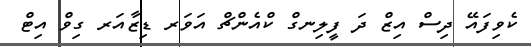
ކެވިފައޭ ދިސް އިޒް ދަ ފީލިނގް ކްއެންޗް އަވަރ ޑިޒާއަރ ގިވް އިޓް